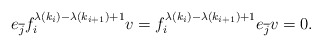
\begin{align*}e_{\overline{j}}f_i^{ \lambda(k_i) - \lambda(k_{i+1})+1}v = f_i^{ \lambda(k_i) - \lambda(k_{i+1})+1}e_{\overline{j}}v = 0.\end{align*}